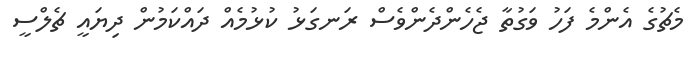
މެޗުގެ އެންމެ ފަހު ވަގުތާ ޖެހެންދެންވެސް ރަނގަޅު ކުޅުމެއް ދައްކަމުން ދިޔައީ ޗެލްސީ